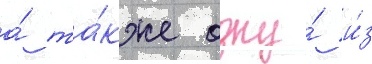
а́ та́кже одну́ и́з